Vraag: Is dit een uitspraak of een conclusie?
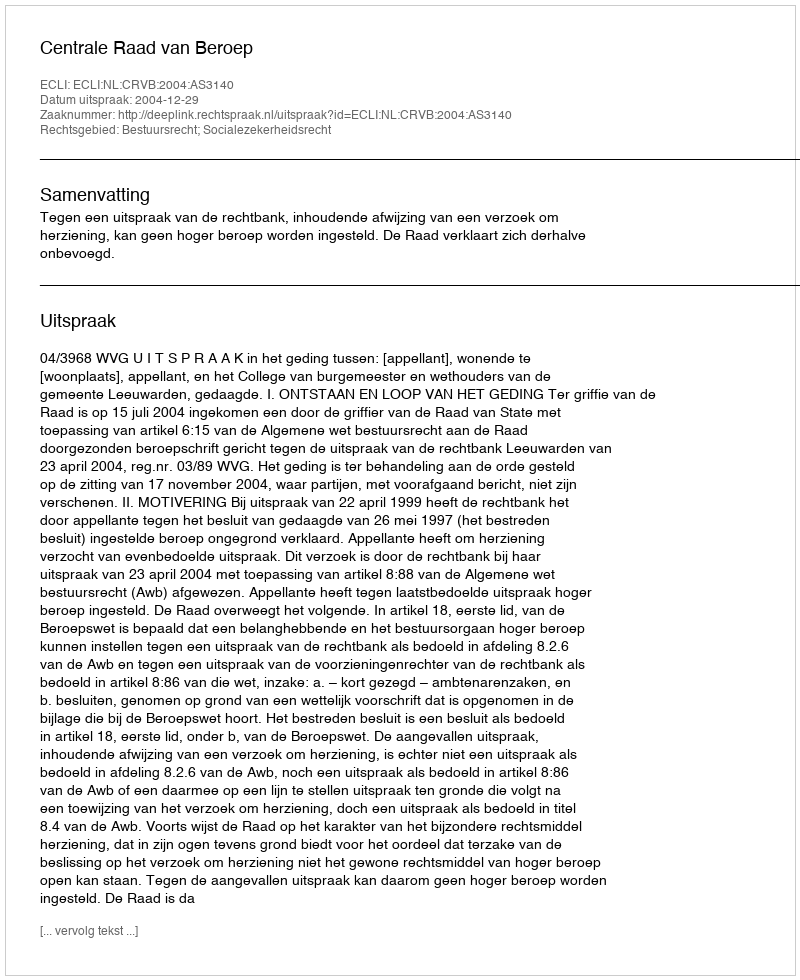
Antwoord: Uitspraak